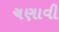
ચણાવી